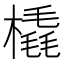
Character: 橇